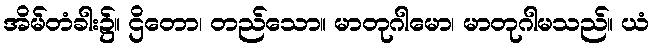
အိမ်တံခါး၌။ ဌိတော၊ တည်သော။ မာတုဂါမော၊ မာတုဂါမသည်။ ယံ